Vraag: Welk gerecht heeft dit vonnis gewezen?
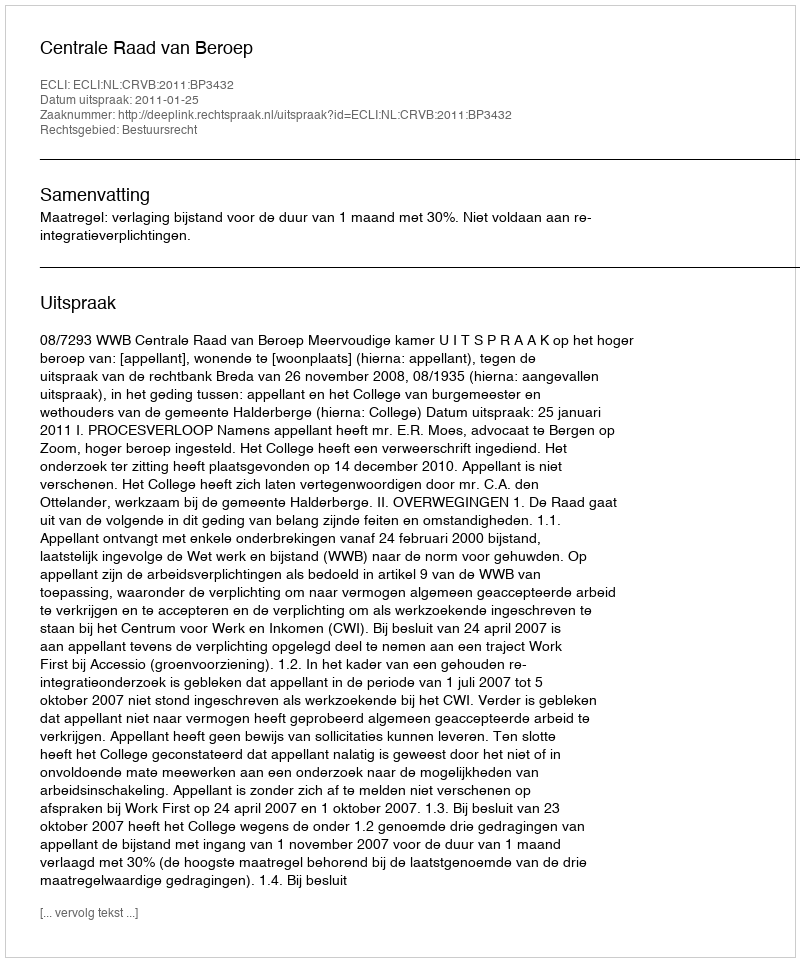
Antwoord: Centrale Raad van Beroep